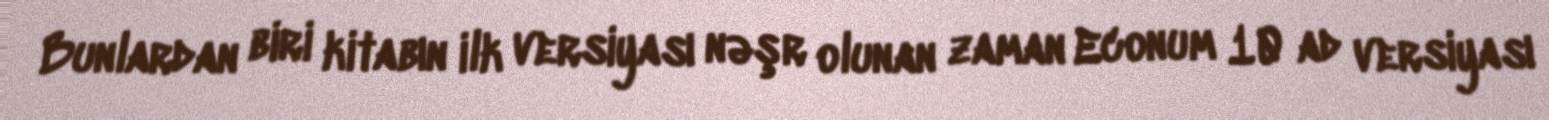
Bunlardan biri kitabın ilk versiyası nəşr olunan zaman Econum 10 ad versiyası